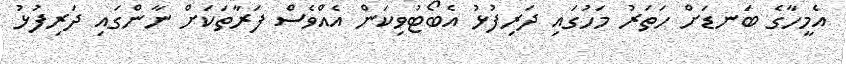
އެމީހާގެ ބަނޑަށް ހަތަރު މަހުގައި ދަރިފުޅު އެބޯޓުވިކަން އެއްވެސް ފަރާތަކަށް ނާންގައި ދަރިފުޅު